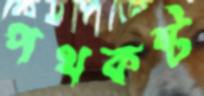
পথকষ্ট